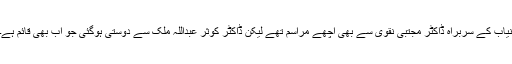
نیاب کے سربراہ ڈاکٹر مجتبیٰ نقوی سے بھی اچھے مراسم تھے لیکن ڈاکٹر کوثر عبداللہ ملک سے دوستی ہوگئی جو اب بھی قائم ہے۔